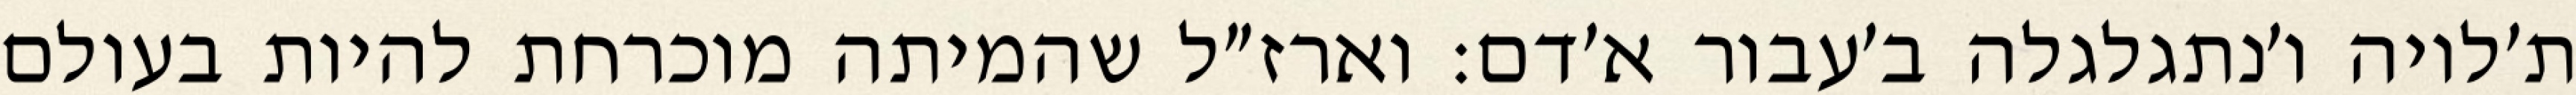
ת׳לויה ו׳נתגלגלה ב׳עבור א׳דם: וארז״ל שהמיתה מוכרחת להיות בעולם